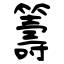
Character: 籌